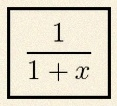
\frac{1}{1+x}